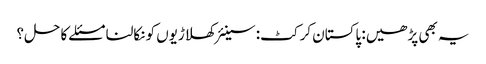
یہ بھی پڑھیں: پاکستان کرکٹ: سینئر کھلاڑیوں کو نکالنا مسئلے کا حل؟